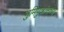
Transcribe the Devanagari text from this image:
भुमिपुत्रांनच्या